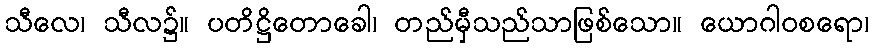
သီလေ၊ သီလ၌။ ပတိဋ္ဌိတောခေါ၊ တည်မှီသည်သာဖြစ်သော။ ယောဂါဝစရော၊